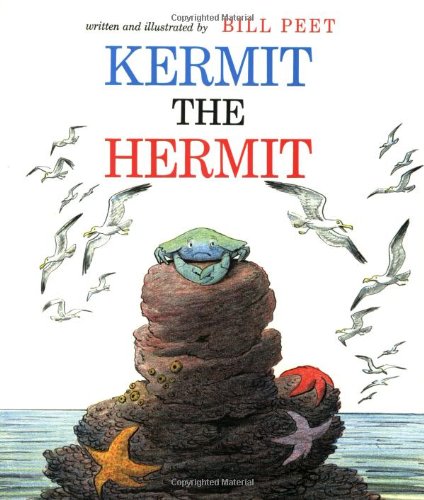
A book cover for Kermit the Hermit; Bill Peet; Children's Books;